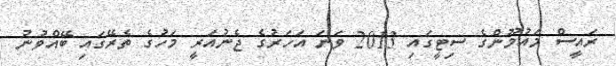
ރައީސް މައުމޫންގެ ސިޓީގައި 2013 ވަނަ އަހަރުގެ ޖެނުއަރީ މަހުގެ ތެރޭގައި ބޭއްވުނު